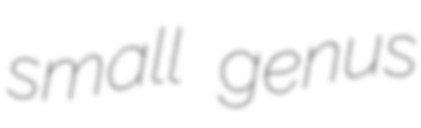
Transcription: small genus